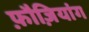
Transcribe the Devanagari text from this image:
फ़ौज़ियांग